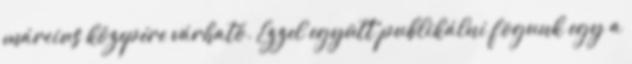
március közepére várható. Ezzel együtt publikálni fogunk egy a